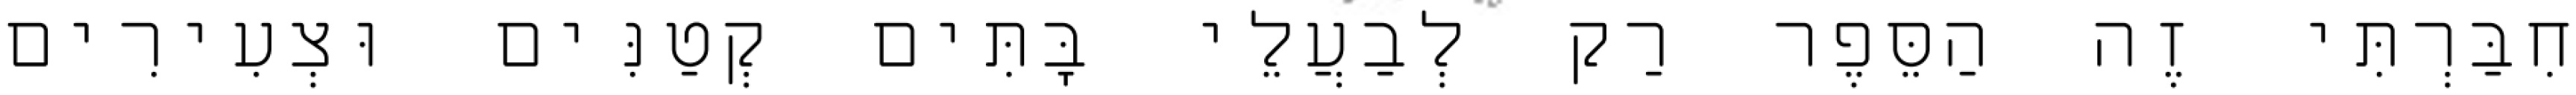
חִבַּרְתִּי זֶה הַסֵּפֶר רַק לְבַעֲלֵי בָּתִּים קְטַנִּים וּצְעִירִים